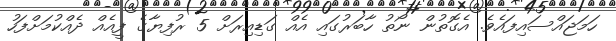
ހަމަޖައްސައިފައެވެ. އެގޮތުން ނޯތު ހާބަރުގައި އެއް ގަޑިއިރަށް 5 ރުފިޔާގެ ފީއެއް ދެއްކުމަށްފަހު